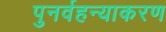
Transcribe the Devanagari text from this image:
पुनर्वहन्‍याकरण